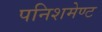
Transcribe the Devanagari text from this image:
पनिशमेण्ट